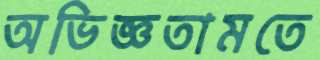
অভিজ্ঞতামতে